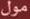
مول